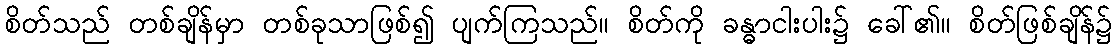
စိတ်သည် တစ်ချိန်မှာ တစ်ခုသာဖြစ်၍ ပျက်ကြသည်။ စိတ်ကို ခန္ဓာငါးပါး၌ ခေါ်၏။ စိတ်ဖြစ်ချိန်၌